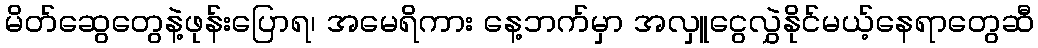
မိတ်ဆွေတွေနဲ့ဖုန်းပြောရ၊ အမေရိကား နေ့ဘက်မှာ အလှူငွေလွှဲနိုင်မယ့်နေရာတွေဆီ